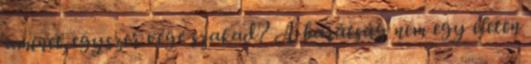
aminek egyszer vége szakad? A barátság nem egy életen